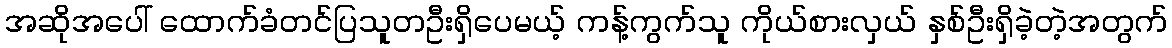
အဆိုအပေါ် ထောက်ခံတင်ပြသူတဦးရှိပေမယ့် ကန့်ကွက်သူ ကိုယ်စားလှယ် နှစ်ဦးရှိခဲ့တဲ့အတွက်